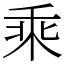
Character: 乘